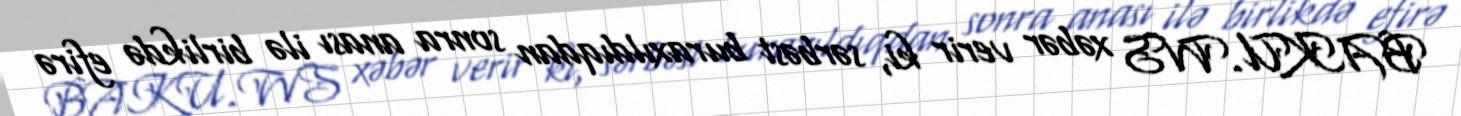
BAKU.WS xəbər verir ki, sərbəst buraxıldıqdan sonra anası ilə birlikdə efirə